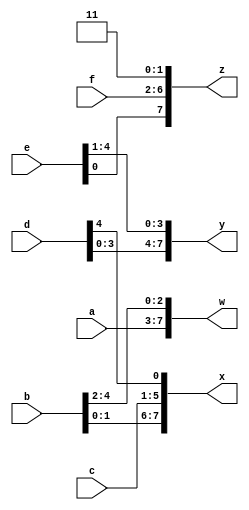
/* 
    https://hdlbits.01xz.net/wiki/Vector3
*/

/* 
    Part selection was used to select portions of a vector. The concatenation operator {a,b,c} is used to create larger vectors by concatenating smaller portions of a vector together.

    {3'b111, 3'b000} => 6'b111000
    {1'b1, 1'b0, 3'b101} => 5'b10101
    {4'ha, 4'd10} => 8'b10101010     // 4'ha and 4'd10 are both 4'b1010 in binary
    Concatenation needs to know the width of every component (or how would you know the length of the result?). Thus, {1, 2, 3} is illegal and results in the error message: unsized constants are not allowed in concatenations.

    The concatenation operator can be used on both the left and right sides of assignments.

    input [15:0] in;
    output [23:0] out;
    assign {out[7:0], out[15:8]} = in;         // Swap two bytes. Right side and left side are both 16-bit vectors.
    assign out[15:0] = {in[7:0], in[15:8]};    // This is the same thing.
    assign out = {in[7:0], in[15:8]};       // This is different. The 16-bit vector on the right is extended to
                                            // match the 24-bit vector on the left, so out[23:16] are zero.
                                            // In the first two examples, out[23:16] are not assigned.
*/

module top_module (
    input [4:0] a, b, c, d, e, f,
    output [7:0] w, x, y, z );//

    // assign { ... } = { ... };
    assign w = {a[4:0], b[4:2]};
    assign x = {b[1:0], c[4:0], d[4]};
    assign y = {d[3:0], e[4:1]};
    assign z = {e[0], f[4:0], 2'b11};
endmodule